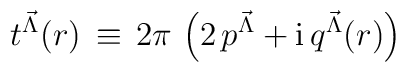
t^{{\vec \Lambda}}(r) \, \equiv \, 2 \pi \, \left( 2 \, p^{{\vec \Lambda}}+ \mbox{i}\, q^{{\vec \Lambda}}(r) \right)